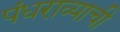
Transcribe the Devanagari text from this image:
पंधराव्याची